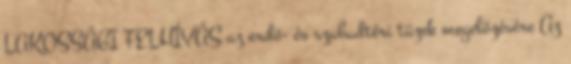
LAKOSSÁGI FELHÍVÁS az erdő- és szabadtéri tüzek megelőzésére Az